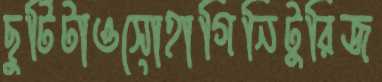
ছুটিটাওসোহাগিনিটুরিজ